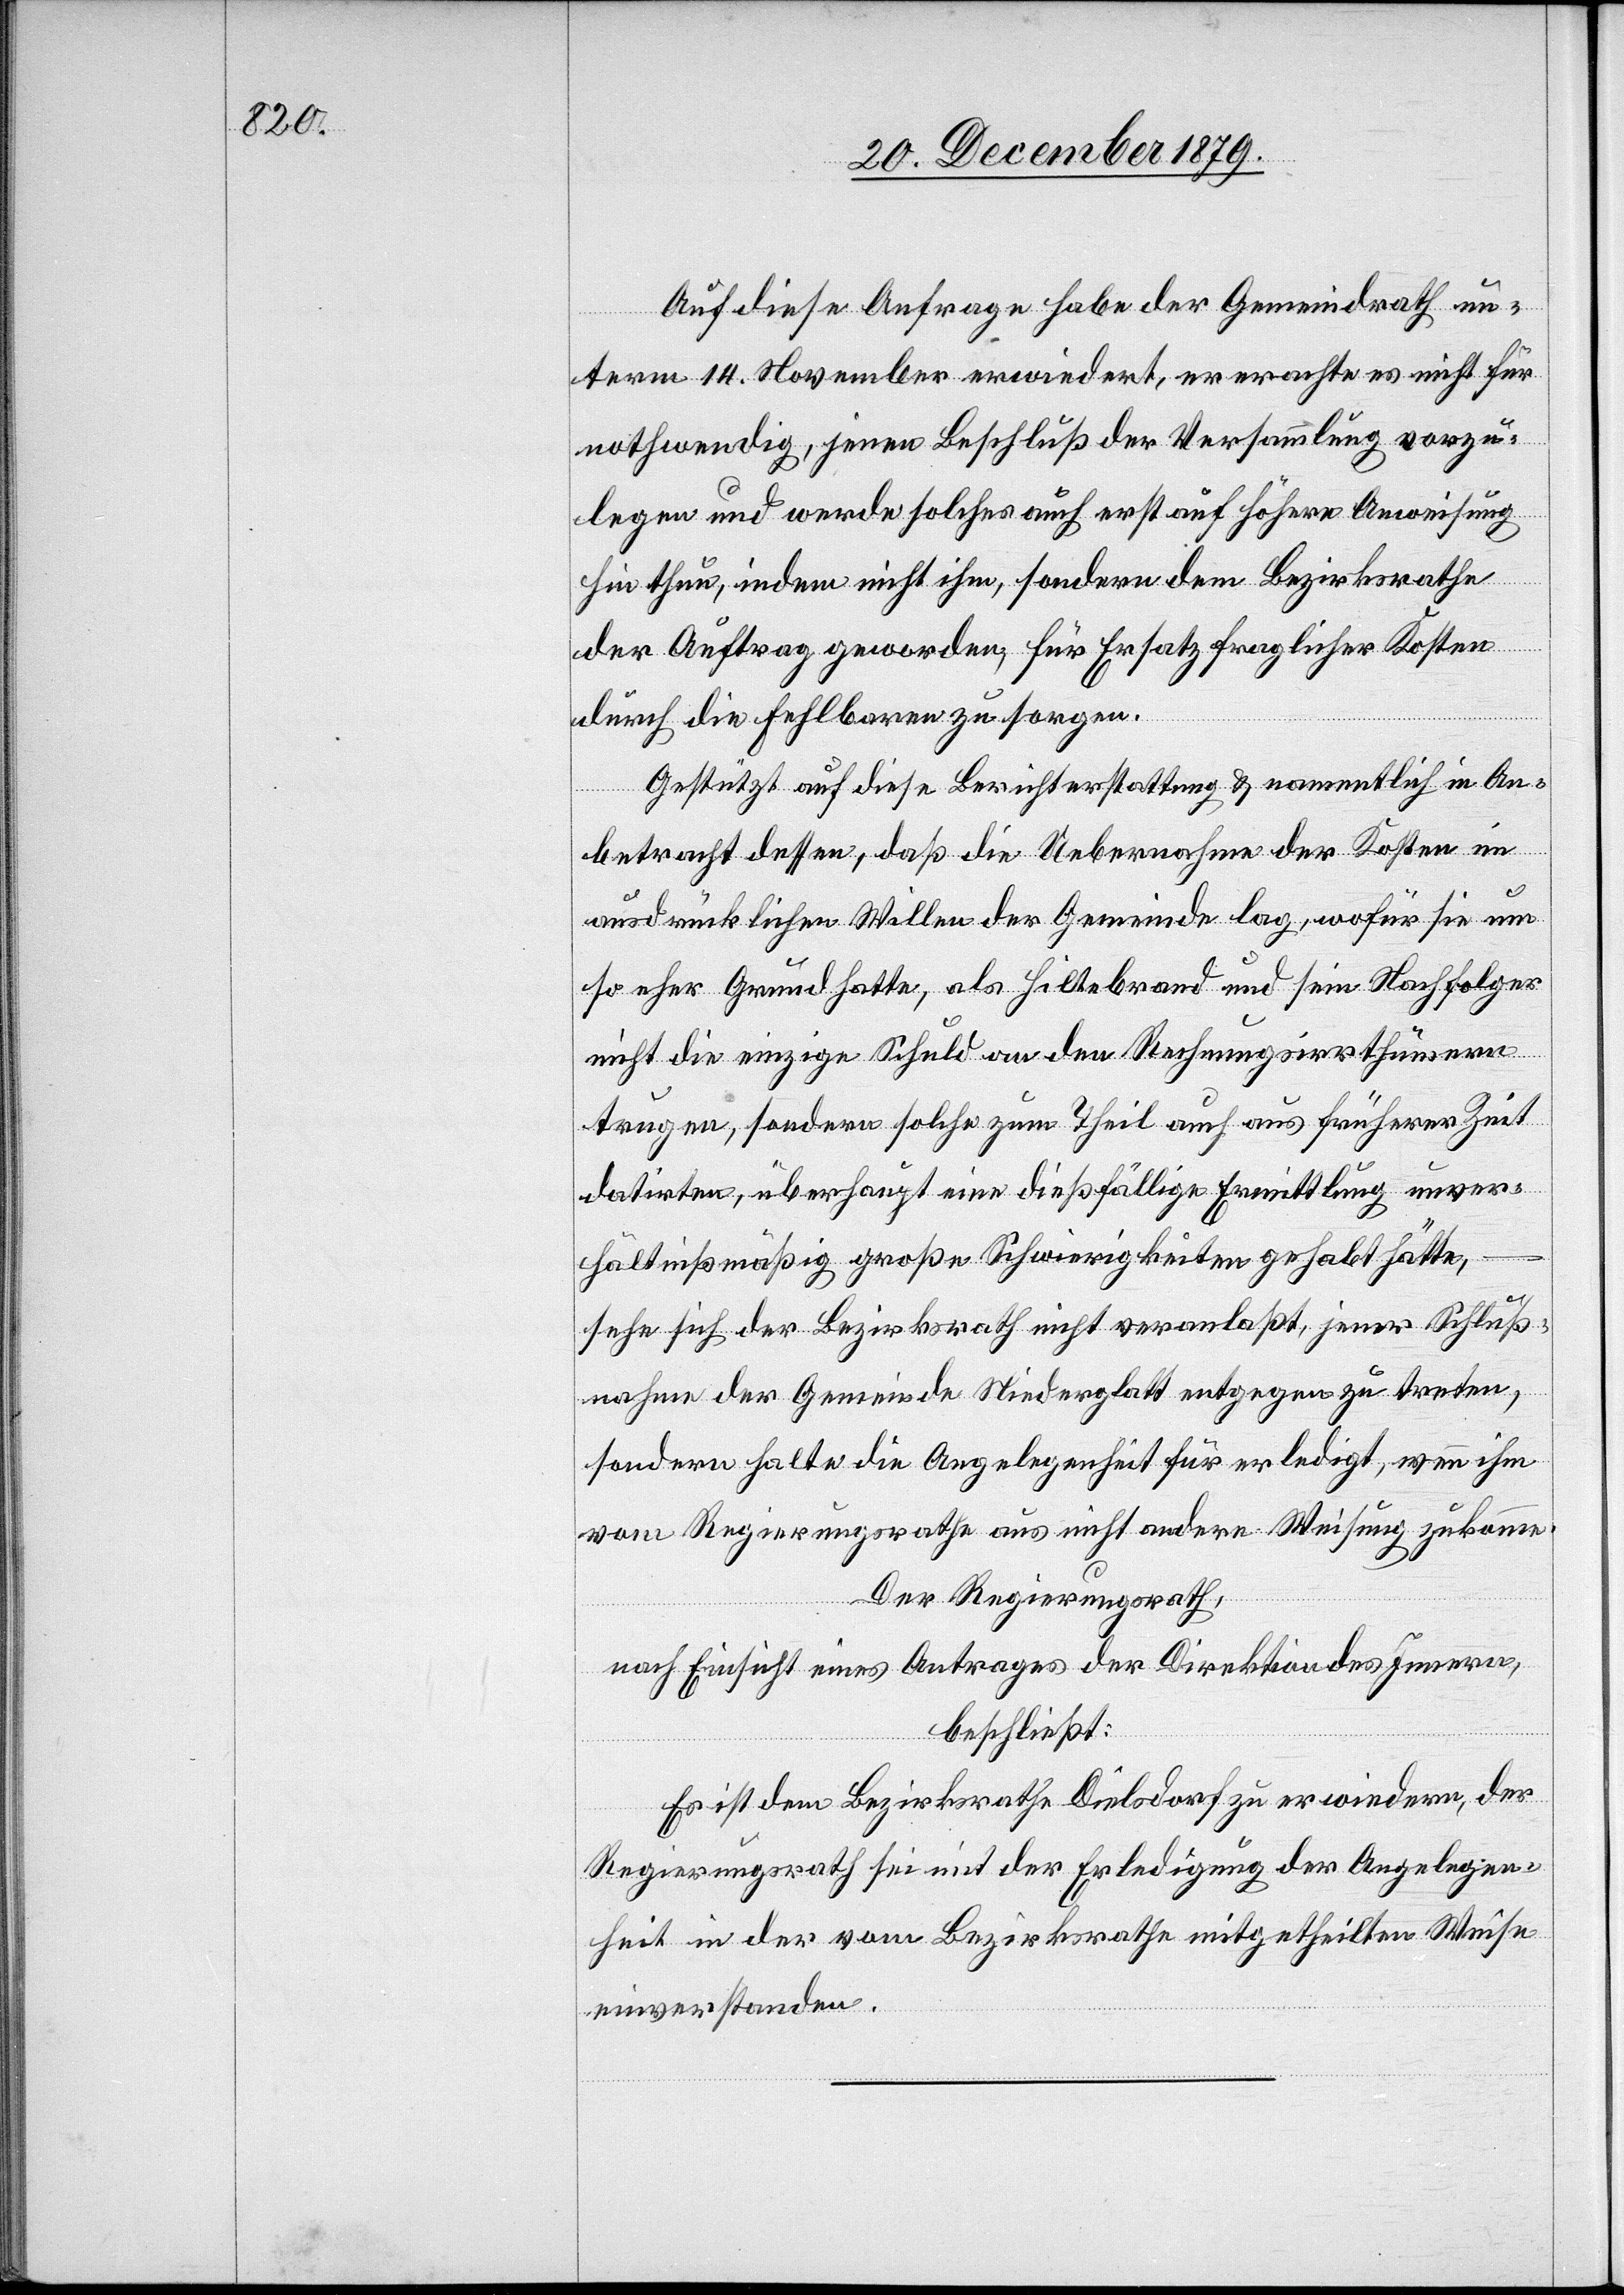
Auf diese Anfrage habe der Gemeindrath un¬
term 14. November erwiedert, er erachte es nicht für
nothwendig, jenen Beschluß der Versammlung vorzu¬
legen und werde solches auch erst auf höhere Anweisung
hin thun, indem nicht ihm, sondern dem Bezirksrathe
der Auftrag geworden, für Ersatz fraglicher Kosten
durch die Fehlbaren zu sorgen.
Gestützt auf diese Berichterstattung & namentlich in An¬
betracht dessen, daß die Uebernahme der Kosten im
ausdrücklichen Willen der Gemeinde lag, wofür sie um
so eher Grund hatte, als Hiltebrand und sein Nachfolger
nicht die einzige Schuld an den Rechnungsirrthümern
trugen, sondern solche zum Theil auch aus früherer Zeit
datirten, überhaupt eine dießfällige Ermittlung unver¬
hältnißmäßig große Schwierigkeiten gehabt hätte,
sehe sich der Bezirksrath nicht veranlaßt, jener Schluß¬
nahme der Gemeinde Niederglatt entgegen zu treten,
sondern halte die Angelegenheit für erledigt, wenn ihm
vom Regierungsrathe aus nicht andere Weisung zukomme.
Der Regierungsrath,
nach Einsicht eines Antrages der Direktion des Innern,
beschließt:
Es ist dem Bezirksrath Dielsdorf zu erwiedern, der
Regierungsrath sei mit der Erledigung der Angelegen¬
heit in der vom Bezirksrathe mitgetheilten Weise
einverstanden.